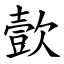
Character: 㱅